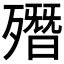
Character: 𣩳